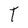
Character: T